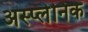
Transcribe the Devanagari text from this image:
अस्प्लेनिक